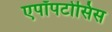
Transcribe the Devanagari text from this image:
एपॉपटोसिस